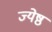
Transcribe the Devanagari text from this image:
ज्येष्ठं